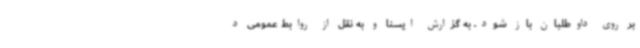
بر روی داوطلبان باز شود. به گزارش ایسنا و به نقل از روابط عمومی د